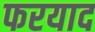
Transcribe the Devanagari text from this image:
फरयाद